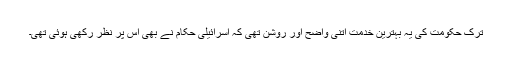
ترک حکومت کی یہ بہترین خدمت اتنی واضح اور روشن تھی کہ اسرائیلی حکام نے بھی اس پر نظر رکھی ہوئی تھی۔